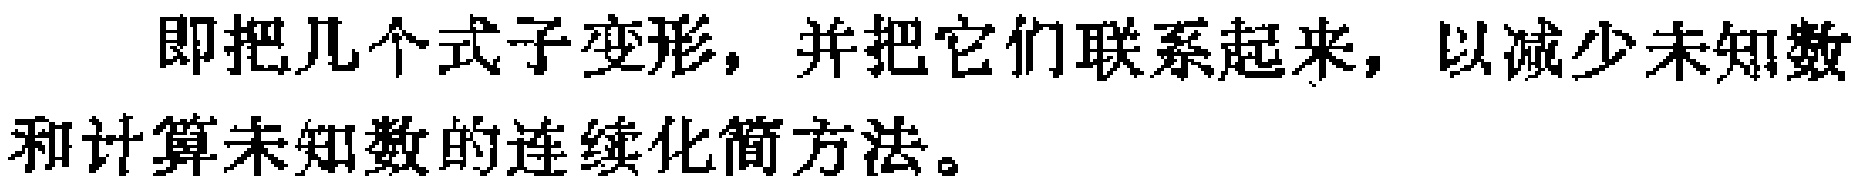
即把几个式子变形，并把它们联系起来，以减少未知数和计算未知数的连续化简方法。